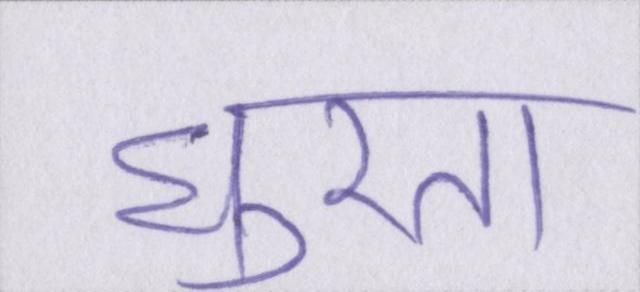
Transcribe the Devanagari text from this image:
घूरता